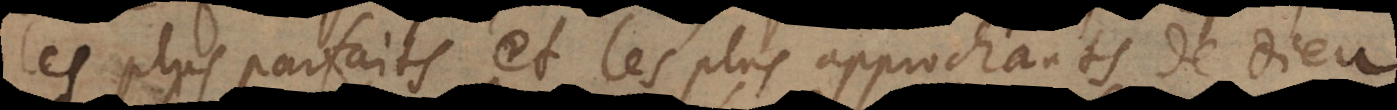
les plus parfaits et les plus approchants de Dieu